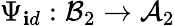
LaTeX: \Psi_{\mathbf{i}d}:{\mathcal{{B}}}_{2}\rightarrow{\mathcal{{A}}}_{2}